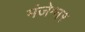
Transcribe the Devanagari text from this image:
मंजेश्वर